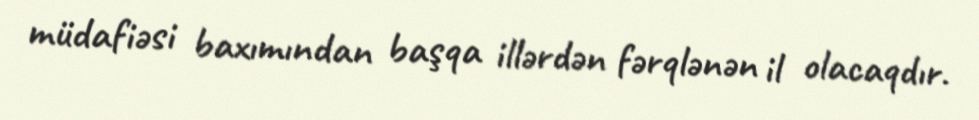
müdafiəsi baxımından başqa illərdən fərqlənən il olacaqdır.